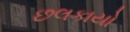
છલકાયો